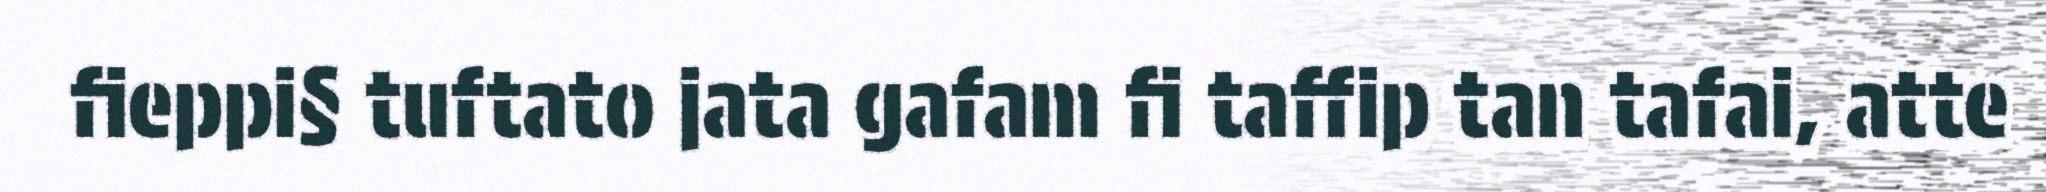
fieppi§ tuftato jata gafam fi taffip tan tafai, atte